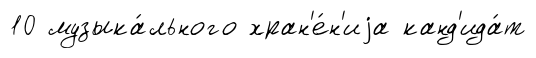
10 музыка́льного хран'е́н'иjа канд'ида́т